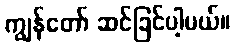
ကျွန်တော် ဆင်ခြင်ပါ့မယ်။